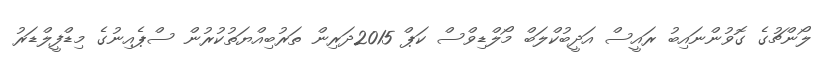
ލޯންޗުގެ ގޮވުންނައިބު ރައީސް އަދީބުކްލަބް މޯލްޑިވްސް ކަޕް 2015ދަރިން ތަރުބިއްޔަތުކުރުން ސްޕެއިނުގެ މިޑްފީލްޑަރު